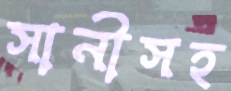
সানীসহ